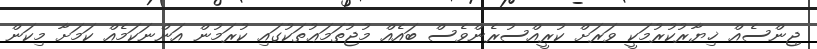
ޖިންސެއް ޚިޔާރުކުރުމަކީ ވަރަށް ކުރީއްސުރެންވެސް ބައެއް މުޖުތަމަޢުތަކުގައި ކުރަމުން އަންނަކަމެއް ކަމަށާ މިކަން